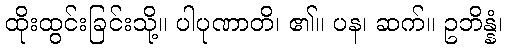
ထိုးထွင်းခြင်းသို့။ ပါပုဏာတိ၊ ၏။ ပန၊ ဆက်။ ဥဘိန္နံ၊